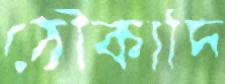
ঠৌকাদি